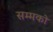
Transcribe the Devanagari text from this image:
सम्मको